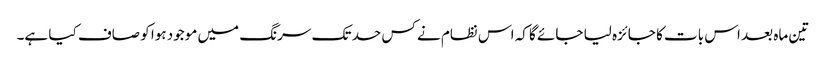
تین ماہ بعد اس بات کا جائزہ لیا جائے گا کہ اس نظام نے کس حد تک سرنگ میں موجود ہوا کو صاف کیا ہے۔